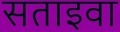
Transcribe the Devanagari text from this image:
सताइवा